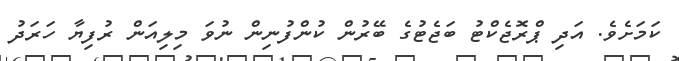
ކަމަށެވެ. އަދި ޕްރޮޖެކްޓު ބަޖެޓުގެ ބޭރުން ކުންފުނިން ނުވަ މިލިއަން ރުފިޔާ ހަރަދު